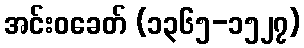
အင်းဝခေတ် (၁၃၆၅-၁၅၂၇)